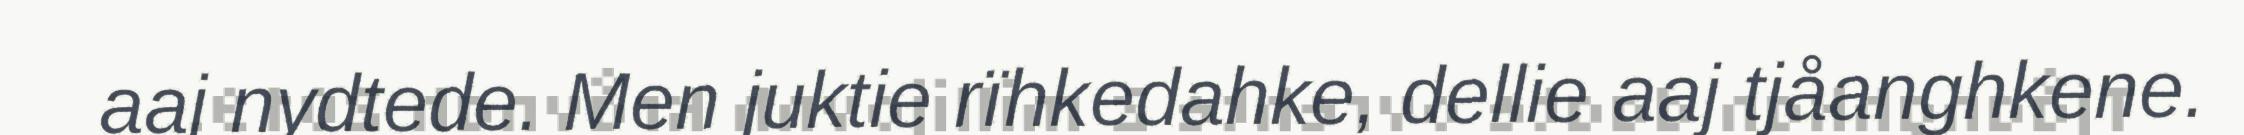
aaj nydtede. Men juktie rïhkedahke, dellie aaj tjåanghkene.